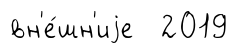
вн'е́шн'иjе 2019